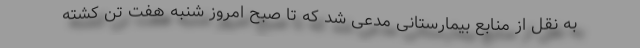
به نقل از منابع بیمارستانی مدعی شد که تا صبح امروز شنبه هفت تن کشته